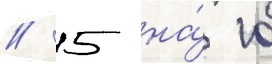
/ 5 на́ 10